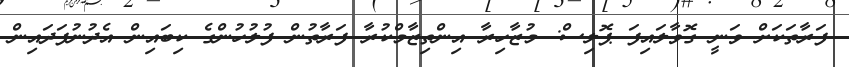
ފަރާތަކަށް ވަނީ ގޮވާލައިފަ ޕޮލިސް: މުޒާހިރާ އިންތިޒާމްކުރާ ފަރާތުުން ފުލުހުންގެ ކިބައިން އެދުނުފަދައިން